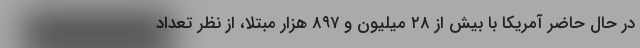
در حال حاضر آمریکا با بیش از ۲۸ میلیون و ۸۹۷ هزار مبتلا، از نظر تعداد